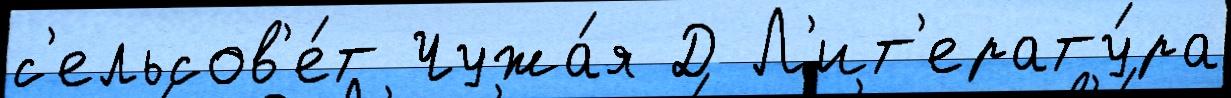
с'ельсов'е́т Чужа́я Д Л'ит'ерату́ра